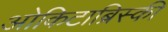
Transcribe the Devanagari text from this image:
ओकिटाब्रिस्की